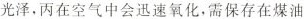
光泽，丙在空气中会迅速氧化，需保存在煤油